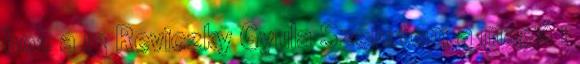
hoz a 13 Reviczky Gyula Szeretem a magá 1